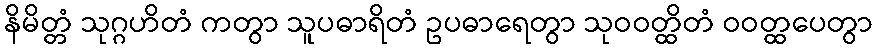
နိမိတ္တံ သုဂ္ဂဟိတံ ကတွာ သူပဓာရိတံ ဥပဓာရေတွာ သုဝဝတ္ထိတံ ဝဝတ္ထပေတွာ